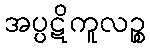
အပ္ပဋိကူလဉ္စ